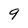
Character: 9